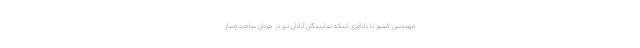
مهندسی کشور با یادآوری اینکه نمایندگان آبادان نیز در جریان ساخت‌وساز